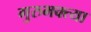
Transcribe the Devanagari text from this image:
गुरुभक्त्या